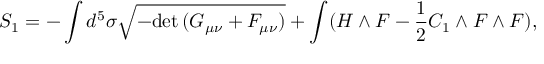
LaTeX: S _ { 1 } = - \int d ^ { 5 } \sigma \sqrt { - \mathrm { d e t } \, ( G _ { \mu \nu } + \cal F _ { \mu \nu } ) } + \int ( { \cal H } \wedge { \cal F } - \frac { 1 } { 2 } C _ { 1 } \wedge { \cal F } \wedge { \cal F } ) ,